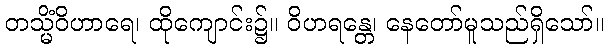
တသ္မိံဝိဟာရေ၊ ထိုကျောင်း၌။ ဝိဟရန္တေ၊ နေတော်မူသည်ရှိသော်။